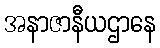
အနာဇာနီယဌာနေ